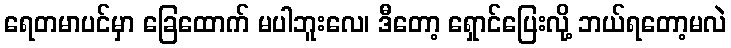
ရေတမာပင်မှာ ခြေထောက် မပါဘူးလေ၊ ဒီတော့ ရှောင်ပြေးလို့ ဘယ်ရတော့မလဲ